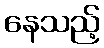
နေသည့်